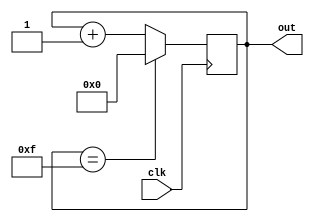
module clock_divider (
    input wire clk,
    output reg [3:0] out
);

reg [3:0] count;

always @(posedge clk) begin
    if(count == 4'b1111)
        count <= 4'b0000;
    else
        count <= count + 1;
end

assign out = count;

endmodule